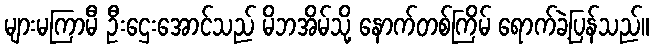
များမကြာမီ ဦးဌေးအောင်သည် မိဘအိမ်သို့ နောက်တစ်ကြိမ် ရောက်ခဲ့ပြန်သည်။